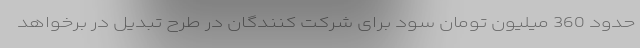
حدود 360 میلیون تومان سود برای شرکت کنندگان در طرح تبدیل در برخواهد